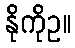
နိုကိုဥ။